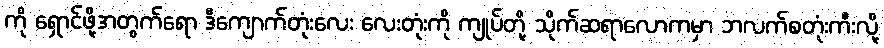
ကို ရှောင်ဖို့အတွက်ရော ဒီကျောက်တုံးလေး လေးတုံးကို ကျုပ်တို့ သိုက်ဆရာလောကမှာ ဘလက်စတုံးကီးလို့